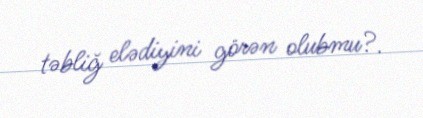
təbliğ elədiyini görən olubmu?.